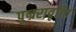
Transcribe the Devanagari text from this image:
पुन्ररावृत्त्ति